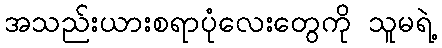
အသည်းယားစရာပုံလေးတွေကို သူမရဲ့